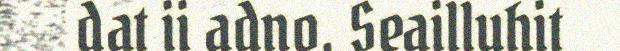
dat ii adno. Seailluhit